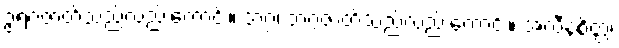
ဥရဂဇာတ်သည်လည်းကောင်း။ ဘဂ္ဂ၊ ဘဂ္ဂဇာတ်သည်လည်းကောင်း။ အလီနစိတ္တ၊